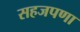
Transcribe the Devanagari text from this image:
सहजपणा